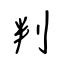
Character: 判